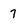
Character: 7